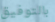
بالتوفيق